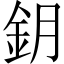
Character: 鈅